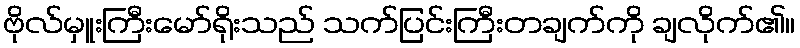
ဗိုလ်မှူးကြီးမော်ရိုးသည် သက်ပြင်းကြီးတချက်ကို ချလိုက်၏။